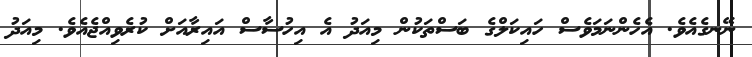
ނޭނގެއެވެ. އެހެންނަމަވެސް ހައިކަލްގެ ބަސްތަކުން މިއަދު އެ އިހުސާސް އައިރާއަށް ކުރެވިއްޖެއެވެ. މިއަދު